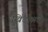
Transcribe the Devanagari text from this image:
खिंडीमधे